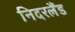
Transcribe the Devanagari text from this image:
निदरलैंड